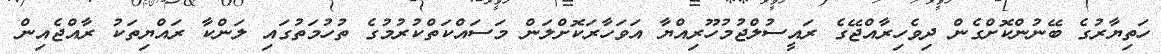
ހަތިޔާރުގެ ބޭނުންކޮށްގެން ދިވެހިރާއްޖޭގެ ރައީސުލްޖުމުހޫރިއްޔާ އަވަހާރަކޮށްލަން މަސައްކަތްކުރުމުގެ ތުހުމަތުގައި ލަންކާ ރައްޔިތަކު ރާއްޖެއިން